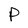
Character: P